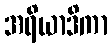
အရိယာဒိကာ